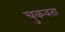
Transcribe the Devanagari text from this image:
चुकवता